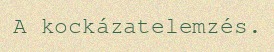
A kockázatelemzés.